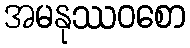
အမနုဿဝစော